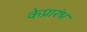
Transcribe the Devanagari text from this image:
केप्रारंभ